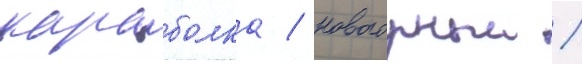
караболка / новогорныи /